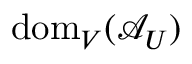
\mathrm { d o m } _ { V } ( \mathcal { A } _ { U } )